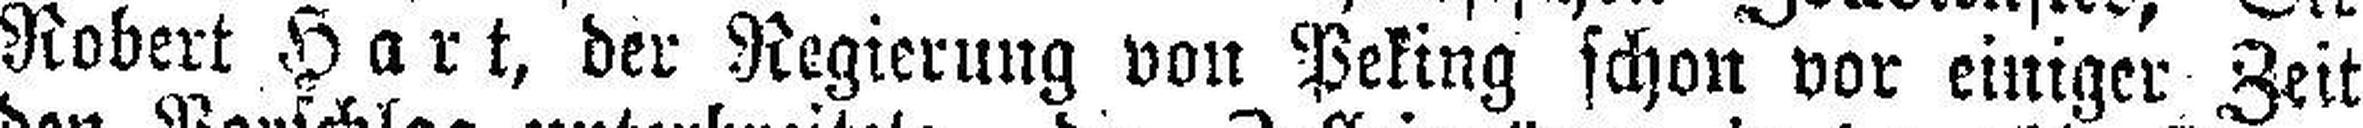
Robert Hart, der Regierung von Peking schon vor einiger Zeit